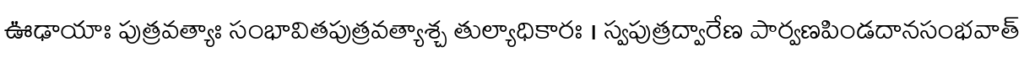
ఊఢాయాః పుత్రవత్యాః సంభావితపుత్రవత్యాశ్చ తుల్యాధికారః । స్వపుత్రద్వారేణ పార్వణపిండదానసంభవాత్